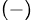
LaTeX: ^{(-)}